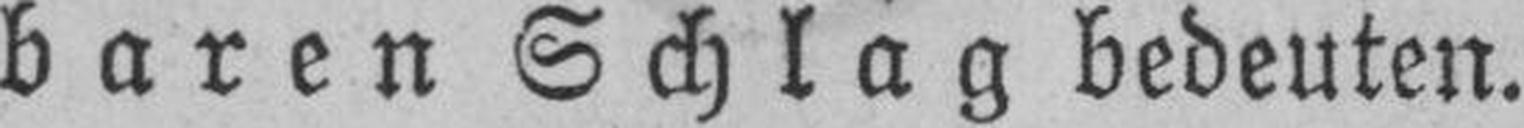
baren Schlag bedeuten.